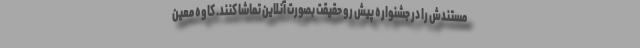
مستندش را در جشنواره پیش رو حقیقت بصورت آنلاین تماشا کنند. کاوه معین